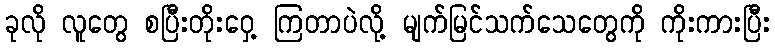
ခုလို လူတွေ စပြီးတိုးဝှေ့ ကြတာပဲလို့ မျက်မြင်သက်သေတွေကို ကိုးကားပြီး